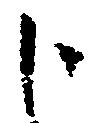
分